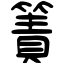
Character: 簀